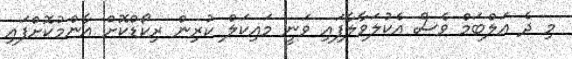
މި ދެ އަލްބަމް ވެސް އެކުލަވާލާފައި ވަނީ މައިކަލް ކުރިން ރިކޯޑްކޮށް އާންމުކޮށްފައި